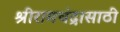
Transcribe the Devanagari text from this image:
श्रीरामचंद्रासाठी